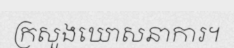
ក្រសួងឃោសនាការ។